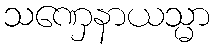
သဏှေနာယသ္မာ